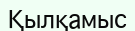
Қылқамыс